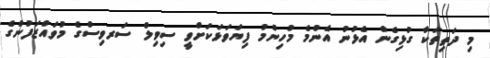
މި ދަތިތަކާ ގުޅިގެން އެޅުނު އެންމެ މުހިންމު ފިޔަވަޅަކަށްވީ ސިވިލް ސަރވިސްގެ މުވައްޒަފުންގެ